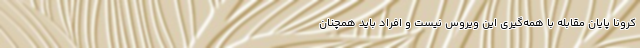
کرونا پایان مقابله با همه‌گیری این ویروس نیست و افراد باید همچنان